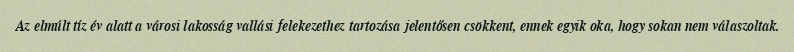
Az elmúlt tíz év alatt a városi lakosság vallási felekezethez tartozása jelentősen csökkent, ennek egyik oka, hogy sokan nem válaszoltak.